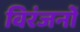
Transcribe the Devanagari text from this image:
विरंजनों